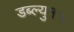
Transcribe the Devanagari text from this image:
डब्ल्यु१५